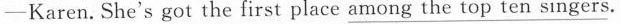
— Karen. She's got the first place \underline{among thetop ten singers}.